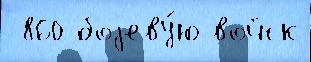
 860 боjеву́ю войск